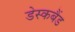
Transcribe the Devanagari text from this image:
डेस्कबैंड